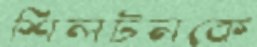
শিলটনকে